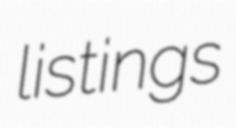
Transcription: listings